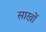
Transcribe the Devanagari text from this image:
साखों